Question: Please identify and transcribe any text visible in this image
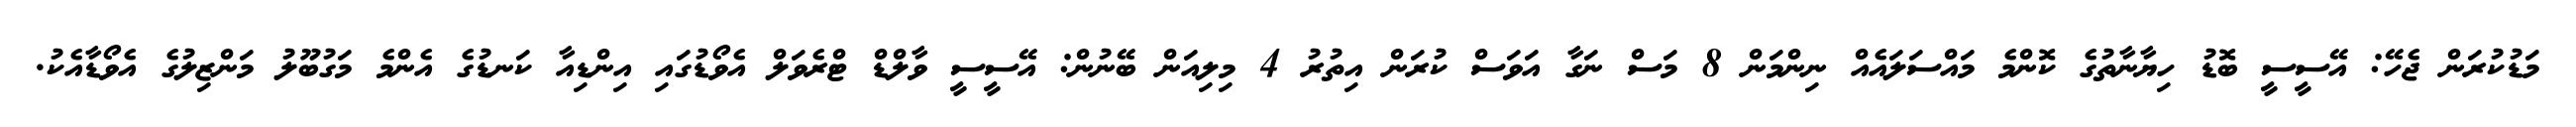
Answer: މަޑުކުރަން ޖެހޭ: އޭސީސީ ބޮޑު ހިޔާނާތުގެ ކޮންމެ މައްސަލައެއް ނިންމަން 8 މަސް ނަގާ އަވަސް ކުރަން އިތުރު 4 މިލިއަން ބޭނުން: އޭސީސީ ވާލްޑް ޓްރެވަލް އެވޯޑުގައި އިންޑިއާ ކަނޑުގެ އެންމެ މަގުބޫލު މަންޒިލުގެ އެވޯޑާއެކު.